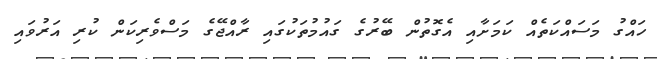
ހައްގު މަސައްކަތެއް ކަމަށާއި އެގޮތުން ބޭރުގެ ގައުމުތަކުގައި ރާއްޖޭގެ މަސްވެރިކަން ކުރި އަރުވައި